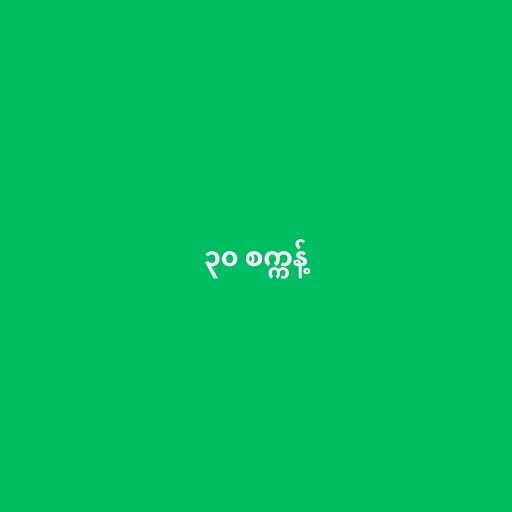
၃၀ စက္ကန့်